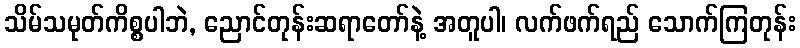
သိမ်သမုတ်ကိစ္စပါဘဲ, ညောင်တုန်းဆရာတော်နဲ့ အတူပါ၊ လက်ဖက်ရည် သောက်ကြတုန်း